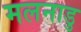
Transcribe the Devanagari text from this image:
मलनाडु